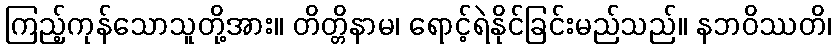
ကြည့်ကုန်သောသူတို့အား။ တိတ္တိနာမ၊ ရောင့်ရဲနိုင်ခြင်းမည်သည်။ နဘဝိဿတိ၊